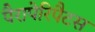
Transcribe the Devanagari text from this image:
पैरापेरिपैटस